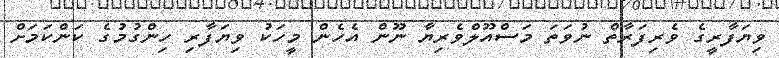
ވިޔަފާރީގެ ވެރިފަރާތް ނުވަތަ މަސްއޫލްވެރިޔާ ނޫން އެހެން މީހަކު ވިޔަފާރި ހިންގުމުގެ ކަންކަމަށް